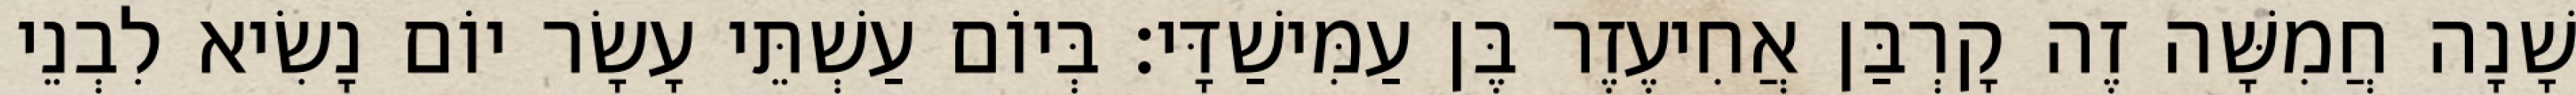
שָׁנָה חֲמִשָּׁה זֶה קָרְבַּן אֲחִיעֶזֶר בֶּן עַמִּישַׁדָּי׃ בְּיוֹם עַשְׁתֵּי עָשָׂר יוֹם נָשִׂיא לִבְנֵי